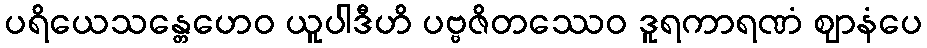
ပရိယေသန္တေဟေဝ ယူပါဒီဟိ ပဗ္ဗဇိတဿေဝ ဒူရကာရဏံ ဈာနံပေ